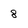
Character: 8